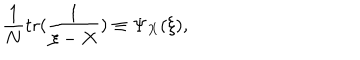
LaTeX: { \frac { 1 } { N } } \mathrm { { t r } } ( { \frac { 1 } { \xi - X } } ) \equiv \Psi _ { X } ( \xi ) ,